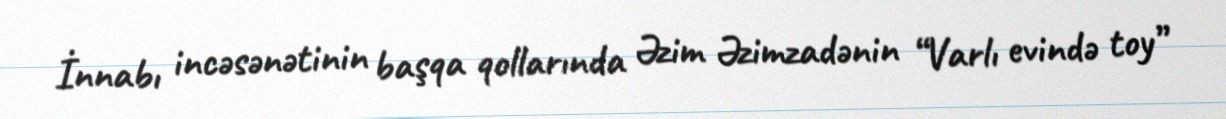
İnnabı incəsənətinin başqa qollarında Əzim Əzimzadənin “Varlı evində toy”